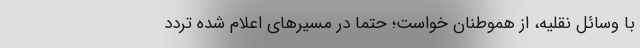
با وسائل نقلیه، از هموطنان خواست؛ حتماً در مسیرهای اعلام شده تردد